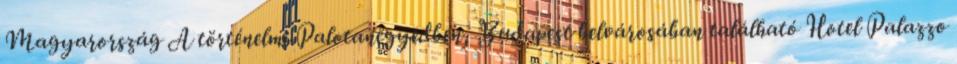
Magyarország A történelmi Palotanegyedben, Budapest belvárosában található Hotel Palazzo